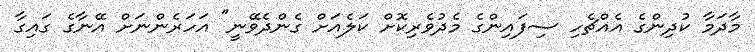
މާދަމާ ކުދިންގެ އެއްޗެހި ސިފައިންގެ މެދުވެރިކޮށް ކަލެއަށް ގެންދެވޭނީ" އަހަރެންނަށް އޭނާގެ ގައިގާ